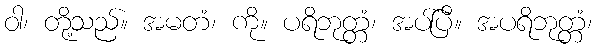
ဝါ၊ တို့သည်။ အမတံ၊ ကို။ ပရိဘုတ္တံ၊ အပ်ပြီ။ အပရိဘုတ္တံ၊